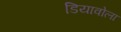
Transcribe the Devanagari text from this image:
डियावोला